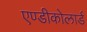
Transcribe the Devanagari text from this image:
एण्डीकोलार्ड